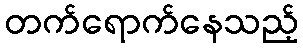
တက်ရောက်နေသည့်